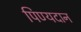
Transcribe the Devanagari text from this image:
पिण्यदान